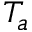
T _ { a }